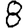
Digit: 8